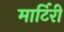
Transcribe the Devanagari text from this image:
मार्टिरी